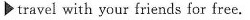
travel with your friends for free.